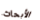
الأبحاث